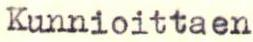
Kunnioittaen